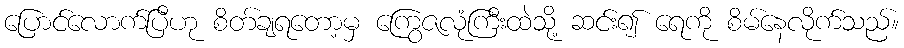
ပြောင်လောက်ပြီဟု စိတ်ချရတော့မှ ကြွေဇလုံကြီးထဲသို့ ဆင်း၍ ရေကို စိမ်နေလိုက်သည်။